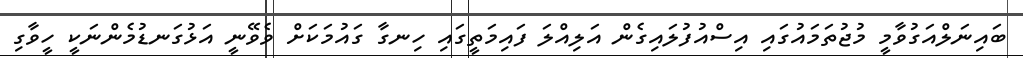
ބައިނަލްއަގުވާމީ މުޖުތަމައުގައި އިސްއުފުލައިގެން އަލިއްލަ ފައިމަތީގައި ހިނގާ ގައުމަކަށް ވެވޭނީ އަޅުގަނޑުމެންނަކީ ހީވާގި